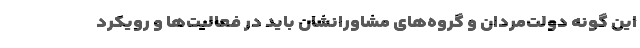
این گونه دولت‌مردان و گروه‌های مشاورانشان باید در فعالیت‌ها و رویکرد